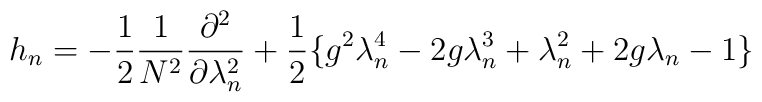
h_{n} = - \frac{1}{2} \frac{1}{N^2} \frac{\partial^2}{\partial\lambda_n^2} +\frac{1}{2} \{ g^2 \lambda_n^4 - 2g\lambda_n^3 + \lambda_n^2 +2g\lambda_n - 1 \}